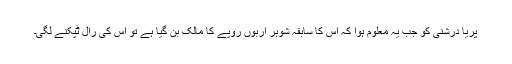
پریا درشنی کو جب یہ معلوم ہوا کہ اس کا سابقہ شوہر اربوں روپے کا مالک بن گیا ہے تو اس کی رال ٹپکنے لگی۔